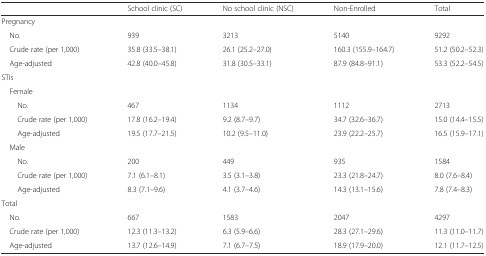
|  | School clinic (SC) | No school clinic (NSC) | Non-Enrolled | Total |
 | --- | --- | --- | --- | --- |
 | <COLSPAN=5> Pregnancy |
 | No. | 939 | 3213 | 5140 | 9292 |
 | Crude rate (per 1,000) | 35.8 (33.5–38.1) | 26.1 (25.2–27.0) | 160.3 (155.9–164.7) | 51.2 (50.2–52.3) |
 | Age-adjusted | 42.8 (40.0–45.8) | 31.8 (30.5–33.1) | 87.9 (84.8–91.1) | 53.3 (52.2–54.5) |
 | <COLSPAN=5> STIs |
 | <COLSPAN=5> Female |
 | No. | 467 | 1134 | 1112 | 2713 |
 | Crude rate (per 1,000) | 17.8 (16.2–19.4) | 9.2 (8.7–9.7) | 34.7 (32.6–36.7) | 15.0 (14.4–15.5) |
 | Age-adjusted | 19.5 (17.7–21.5) | 10.2 (9.5–11.0) | 23.9 (22.2–25.7) | 16.5 (15.9–17.1) |
 | <COLSPAN=5> Male |
 | No. | 200 | 449 | 935 | 1584 |
 | Crude rate (per 1,000) | 7.1 (6.1–8.1) | 3.5 (3.1–3.8) | 23.3 (21.8–24.7) | 8.0 (7.6–8.4) |
 | Age-adjusted | 8.3 (7.1–9.6) | 4.1 (3.7–4.6) | 14.3 (13.1–15.6) | 7.8 (7.4–8.3) |
 | <COLSPAN=5> Total |
 | No. | 667 | 1583 | 2047 | 4297 |
 | Crude rate (per 1,000) | 12.3 (11.3–13.2) | 6.3 (5.9–6.6) | 28.3 (27.1–29.6) | 11.3 (11.0–11.7) |
 | Age-adjusted | 13.7 (12.6–14.9) | 7.1 (6.7–7.5) | 18.9 (17.9–20.0) | 12.1 (11.7–12.5) |